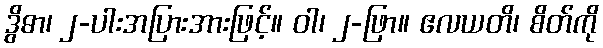
ဒွိဓာ၊ ၂-ပါးအပြားအားဖြင့်။ ဝါ၊ ၂-ဖြာ။ ဧလယတိ၊ စိတ်ကို